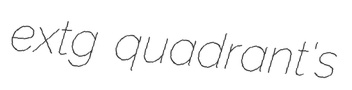
extg quadrant's